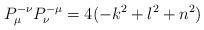
LaTeX: \begin{align*}P_{\mu }^{-\nu }P_{\nu }^{-\mu }=4(-k^{2}+l^{2}+n^{2})\end{align*}